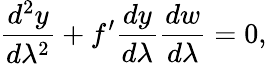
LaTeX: \frac{d^{2}y}{d\lambda^{2}}+f^{\prime}\frac{dy}{d\lambda}\frac{dw}{d\lambda}=0,